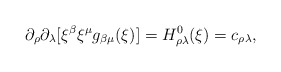
\begin{align*}\partial_\rho \partial_\lambda [ \xi^\beta \xi^\mu g_{\beta \mu}(\xi) ] = H^0_{\rho \lambda}(\xi) = c_{\rho \lambda} ,\end{align*}